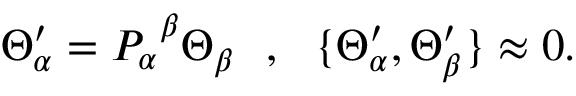
\Theta _ { \alpha } ^ { \prime } = P _ { \alpha } ^ { ~ \beta } \Theta _ { \beta } ~ ~ , ~ ~ \{ \Theta _ { \alpha } ^ { \prime } , \Theta _ { \beta } ^ { \prime } \} \approx 0 .